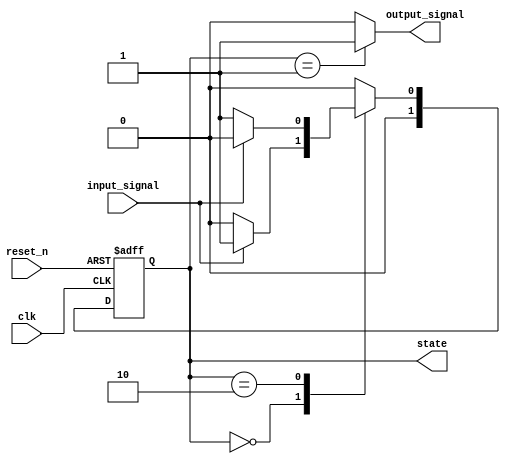
module moore_fsm (
    input wire clk,             // Clock signal
    input wire reset_n,        // Asynchronous reset (active low)
    input wire input_signal,    // Example input signal
    output reg [1:0] state,     // 2-bit state representation
    output reg output_signal     // Example output signal
);

    // State encoding
    localparam S0 = 2'b00;
    localparam S1 = 2'b01;
    localparam S2 = 2'b10;

    // State transition logic
    always @(*) begin
        case (state)
            S0: begin
                if (input_signal)
                    state_next = S1;
                else
                    state_next = S0;
            end
            S1: begin
                if (input_signal)
                    state_next = S2;
                else
                    state_next = S0;
            end
            S2: begin
                if (input_signal)
                    state_next = S0;
                else
                    state_next = S1;
            end
            default: state_next = S0; // Default state
        endcase
    end

    // Output logic (Moore machine output depends on state)
    always @(*) begin
        case (state)
            S0: output_signal = 1'b0;
            S1: output_signal = 1'b1;
            S2: output_signal = 1'b0;
            default: output_signal = 1'b0; // Default output
        endcase
    end

    // Sequential logic (state register with asynchronous reset)
    always @(posedge clk or negedge reset_n) begin
        if (!reset_n) begin
            state <= S0; // Reset state
        end else begin
            state <= state_next; // Update to next state
        end
    end

endmodule